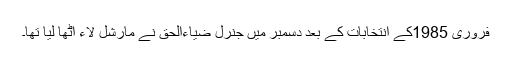
فروری 1985کے انتخابات کے بعد دسمبر میں جنرل ضیاءالحق نے مارشل لاء اُٹھا لیا تھا۔